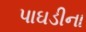
પાઘડીના